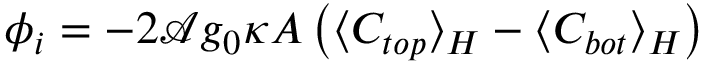
\phi _ { i } = - 2 \mathcal { A } g _ { 0 } \kappa A \left( \langle C _ { t o p } \rangle _ { H } - \langle C _ { b o t } \rangle _ { H } \right)